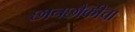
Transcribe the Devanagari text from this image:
छानछौकीचा